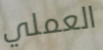
العملي